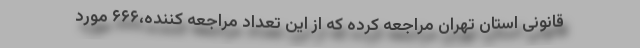
قانونی استان تهران مراجعه کرده که از این تعداد مراجعه کننده،۶۶۶ مورد